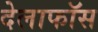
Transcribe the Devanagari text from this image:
देलाफॉस